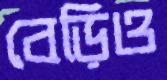
বেড়িও